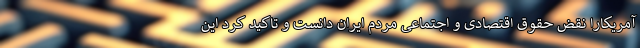
آمریکارا نقض حقوق اقتصادی و اجتماعی مردم ایران دانست و تاکید کرد این